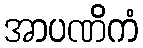
အာပဏိကံ